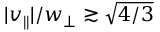
| v _ { \parallel } | / w _ { \perp } \gtrsim \sqrt { 4 / 3 }